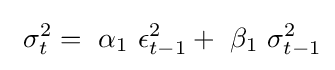
~\sigma _{t}^{2}=~\alpha _{1}~\epsilon _{t-1}^{2}+~\beta _{1}~\sigma _{t-1}^{2}